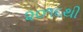
૨૦૧૬થી